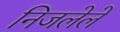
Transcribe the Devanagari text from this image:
निजलेले